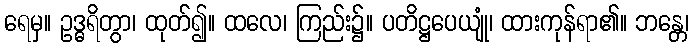
ရေမှ။ ဥဒ္ဓရိတွာ၊ ထုတ်၍။ ထလေ၊ ကြည်း၌။ ပတိဋ္ဌပေယျုံ၊ ထားကုန်ရာ၏။ ဘန္တေ၊